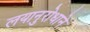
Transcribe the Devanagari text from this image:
लयानुरोधाने